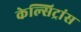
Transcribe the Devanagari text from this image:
केल्सिट्रांस